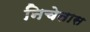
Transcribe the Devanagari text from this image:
निचेतास